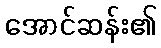
အောင်ဆန်း၏